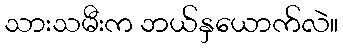
သားသမီးက ဘယ်နှယောက်လဲ။